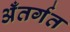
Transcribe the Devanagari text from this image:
अँतर्गत